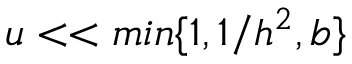
u < < m i n \{ 1 , 1 / h ^ { 2 } , b \}